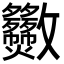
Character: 𣀿